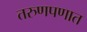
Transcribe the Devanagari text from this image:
तरुणपणात